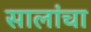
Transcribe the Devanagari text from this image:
सालांचा